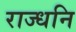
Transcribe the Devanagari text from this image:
राज्धनि